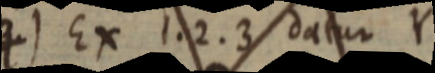
) Ex 1. 2. 3 datur Y